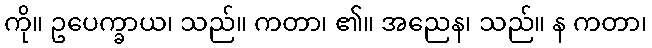
ကို။ ဥပေက္ခာယ၊ သည်။ ကတာ၊ ၏။ အညေန၊ သည်။ န ကတာ၊